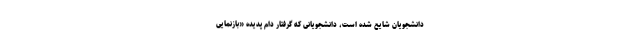
دانشجویان شایع شده است، دانشجویانی که گرفتار دام پدیدهٔ «بازنماییِ